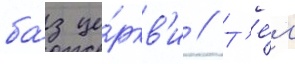
ба́з це́ркв'и // Т'е́м